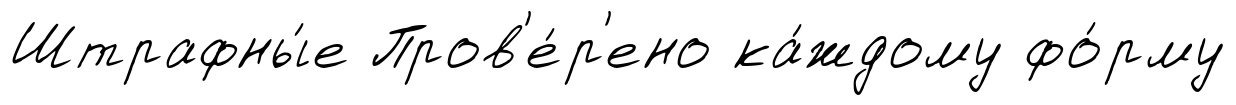
Штрафны́е Пров'е́р'ено ка́ждому фо́рму